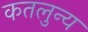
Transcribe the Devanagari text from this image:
कतलुन्य